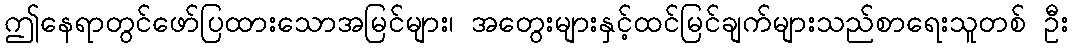
ဤနေရာတွင်ဖော်ပြထားသောအမြင်များ၊ အတွေးများနှင့်ထင်မြင်ချက်များသည်စာရေးသူတစ် ဦး